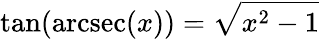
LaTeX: \tan(\operatorname{arcsec}(x))={\sqrt{x^{2}-1}}